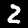
Label: 2